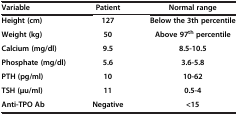
| Variable | Patient | Normal range |
 | --- | --- | --- |
 | Height (cm) | 127 | Below the 3th percentile |
 | Weight (kg) | 50 | Above 97th percentile |
 | Calcium (mg/dl) | 9.5 | 8.5-10.5 |
 | Phosphate (mg/dl) | 5.6 | 3.6-5.8 |
 | PTH (pg/ml) | 10 | 10-62 |
 | TSH (μu/ml) | 11 | 0.5-4 |
 | Anti-TPO Ab | Negative | <15 |